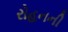
રોહનની